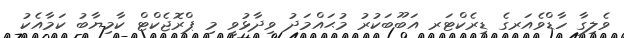
ވެލިގާ ހާޑްވެއަރގެ ޑިރެކްޓަރ އަބޫބަކުރު މުޙައްމަދު ވިދާޅުވީ މި ޕްރޮޖެކްޓް ކާމިޔާބު ކަމާއެކު